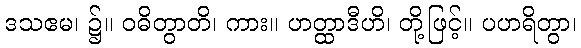
ဒသဧမ၊ ၌။ ဝဓိတွာတိ၊ ကား။ ဟတ္ထာဒီဟိ၊ တို့ဖြင့်။ ပဟရိတွာ၊